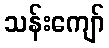
သန်းကျော်